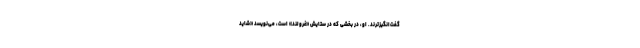
گفت‌انگیزترند. او، در بخشی که در ستایش «غرولند» است، می‌نویسد «شاید